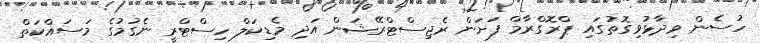
ހުސެން ވިދާޅުވިގޮތުގައި ޕްރޮގްރާމް ފަށަން ރެޖިސްޓްރޭޝަން އަދި މެޑިކަލް ހިސްޓްރީ ނެގުމުގެ މަސައްކަތް